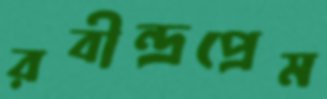
রবীন্দ্রপ্রেম